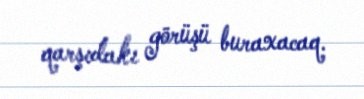
qarşıdakı görüşü buraxacaq.